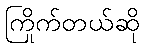
ကြိုက်တယ်ဆို